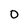
Character: 0